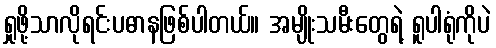
ရှုဖို့သာလိုရင်းပဓာနဖြစ်ပါတယ်။ အမျိုးသမီးတွေရဲ့ ရူပါရုံကိုပဲ